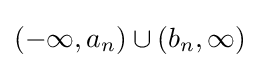
(-\infty ,a_{n})\cup (b_{n},\infty )